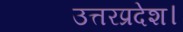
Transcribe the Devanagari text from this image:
उत्तरप्रदेश।